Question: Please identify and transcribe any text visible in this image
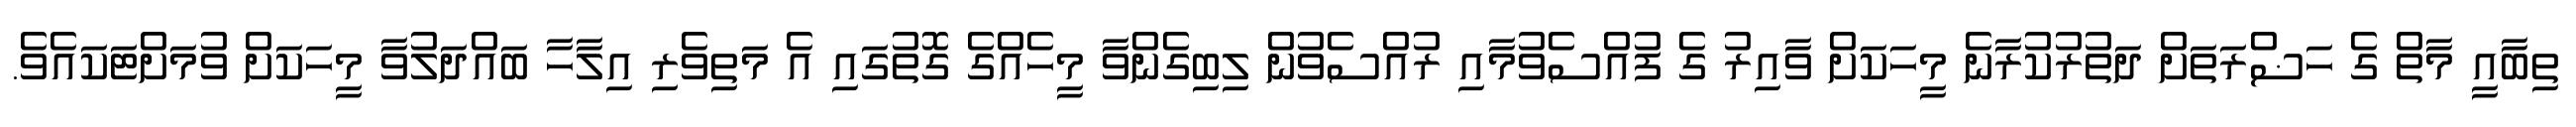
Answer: ތިބާއީ މާތް ގެ ހަޟްރަތަށް ދަތުރުކުރާނެ މީހަކަށް ވާއިރު ގެ ފުއްސެވުމާއި ރުއްސެވުން ލިބިގެންވާ މީހެއްގެ ގޮތުގައި އެ މަތިވެރި އިލާހާ ބައްދަލުވާ މީހަކަށް ވުމަށްޓަކައެވެ.